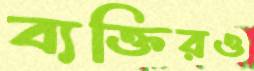
ব্যক্তিরও